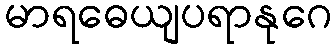
မာရဓေယျပရာနုဂေ